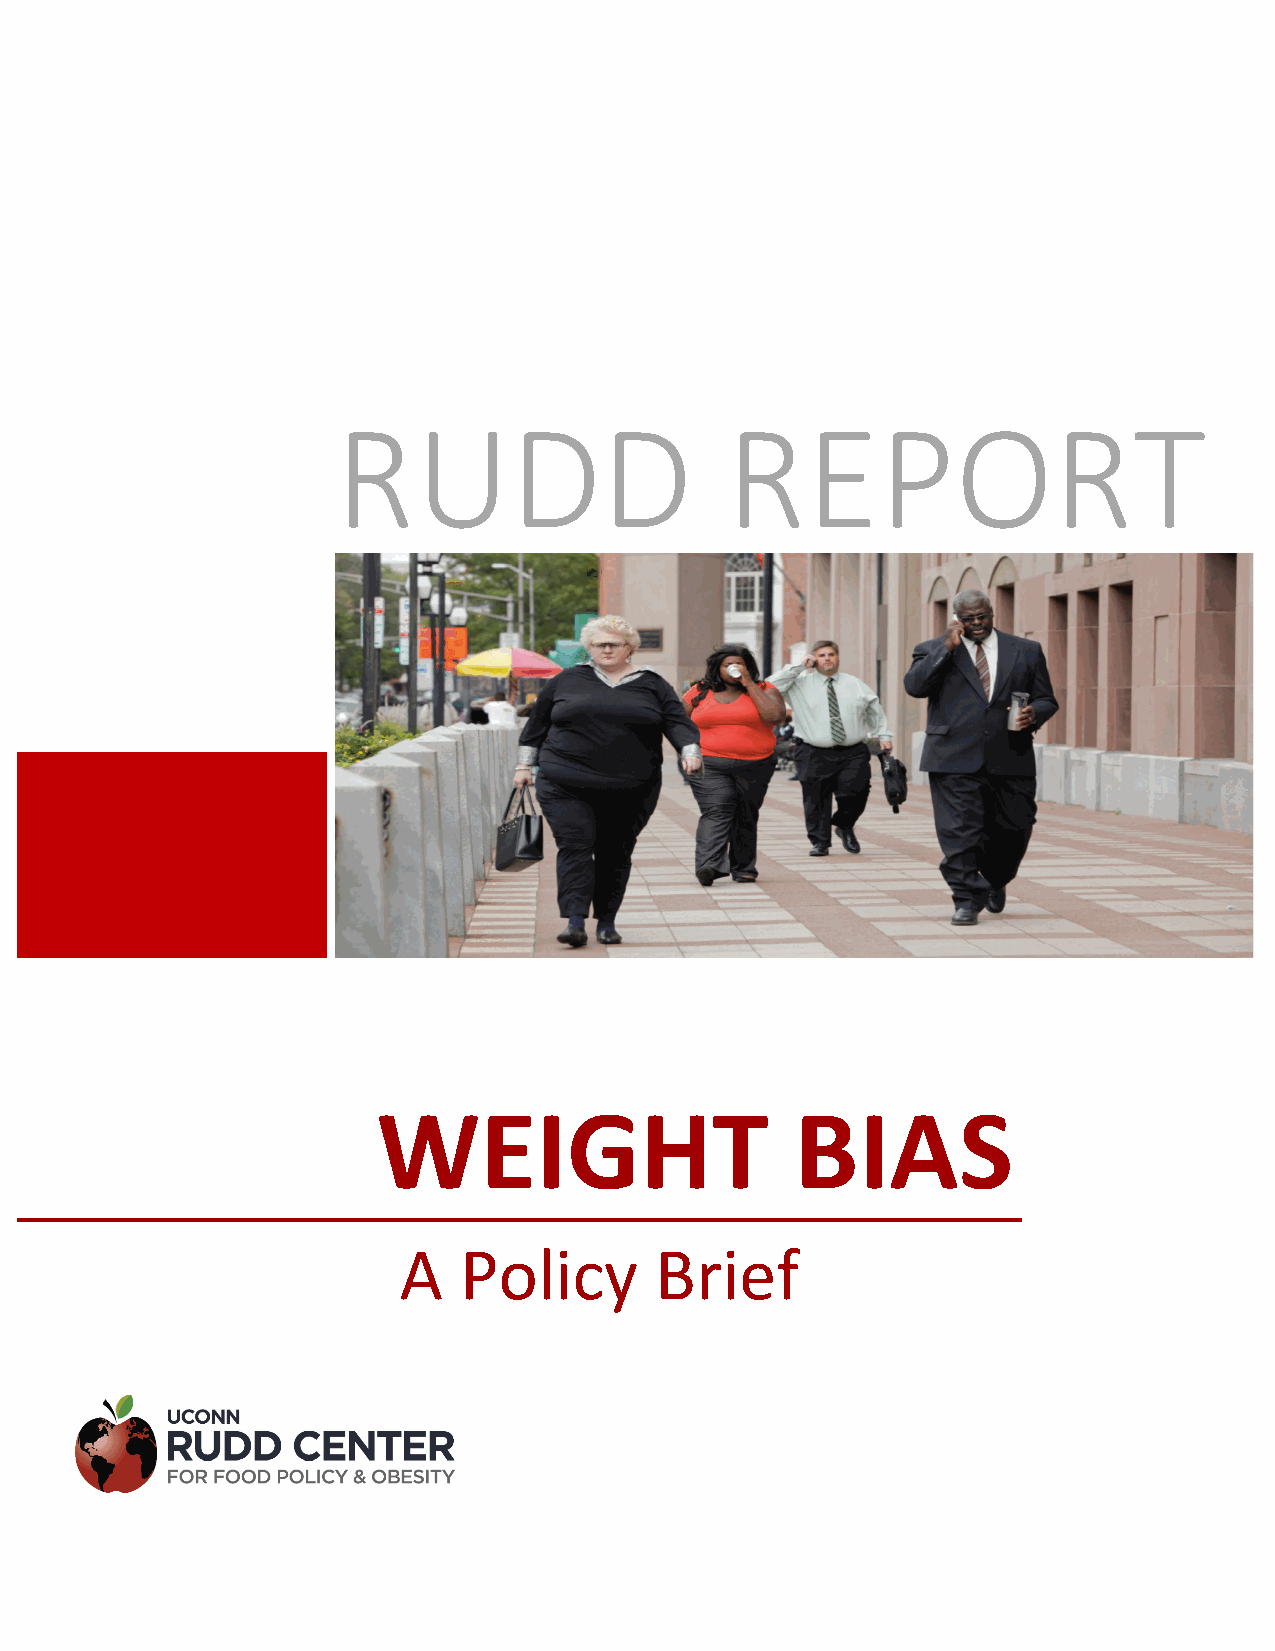
RUDD                      REPORT
 WEIGHT                      BIAS
 A   Policy       Brief